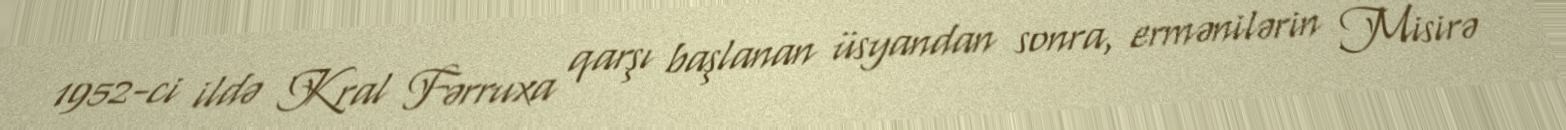
1952-ci ildə Kral Fərruxa qarşı başlanan üsyandan sonra, ermənilərin Misirə